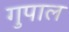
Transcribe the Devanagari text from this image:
गुपाल